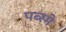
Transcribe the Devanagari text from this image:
पब्स्मे